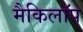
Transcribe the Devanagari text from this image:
मैकिलॉप